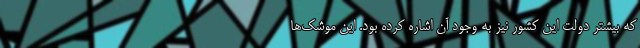
که بیشتر دولت این کشور نیز به وجود آن اشاره کرده بود. این موشک‌ها